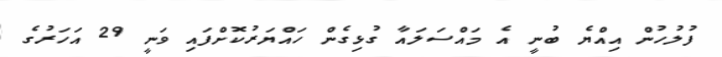
ފުލުހުން އިއްޔެ ބުނީ އެ މައްސަލައާ ގުޅިގެން ހައްޔަރުކޮށްފައި ވަނީ 29 އަހަރުގެ